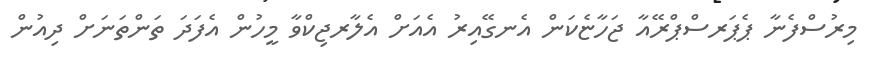
މިރުސްފެނާ ޕެޕަރސްޕްރޭއާ ޖަހާޏެކަން އެނގޭއިރު އެއަށް އެލާރޖިކްވާ މީހުން އެފަދަ ތަންތަނަށް ދިއުން